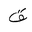
Letter: _qaf